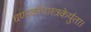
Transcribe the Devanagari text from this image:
चण्डकोपास्त्रकेर्युता।